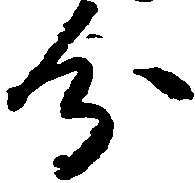
分